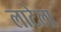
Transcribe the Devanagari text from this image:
लाटेला